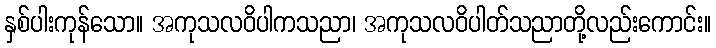
နှစ်ပါးကုန်သော။ အကုသလဝိပါကသညာ၊ အကုသလဝိပါတ်သညာတို့လည်းကောင်း။